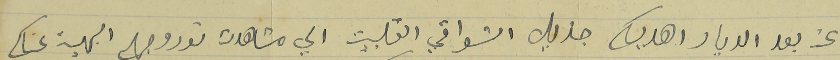
عن بعد الديار اهديك جزيل اشواقي القلبيت الي مشاهدت نور وجهك البهية عساك